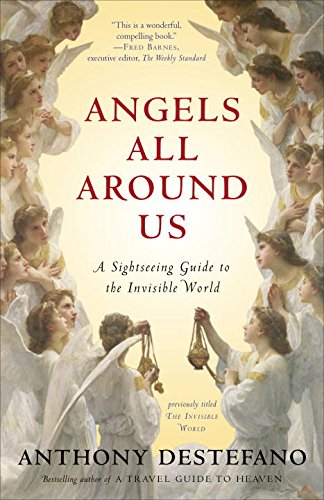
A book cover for Angels All Around Us: A Sightseeing Guide to the Invisible World; Anthony DeStefano; Christian Books & Bibles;